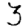
Digit: 3